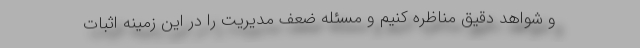
و شواهد دقیق مناظره کنیم و مسئله ضعف مدیریت را در این زمینه اثبات